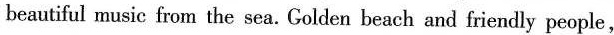
beautiful music from the sea. Golden beach and friendly people,